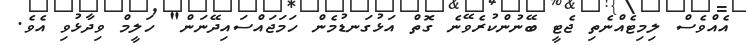
އެއްވެސް ލިމިޓެއްނެތި ޖެޓީ ބޭނުންކުރެވޭނެ ގޮތް އަޅުގަނޑުމެން ހަމަޖައްސައިދޭނަން" ހަލީމް ވިދާޅުވި އެވެ.